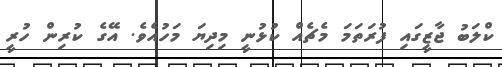
ކްލަބު ޖާޒީގައި ފުރަތަމަ މެޗެއް ކުޅުނީ މިދިޔަ މަހުއެވެ. އޭގެ ކުރިން ހުރީ